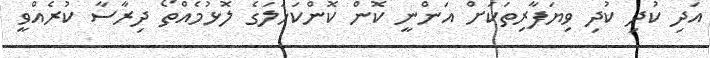
އަދި ކުދި ކުދި ވިޔަފާރިތަކަށް އަންނީ ކޮން ކޮންކަހަލަގެ ލޮޅުމެއްތޯ ދިރާސާ ކުރެއްވީ